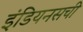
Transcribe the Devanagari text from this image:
इंडियनसची